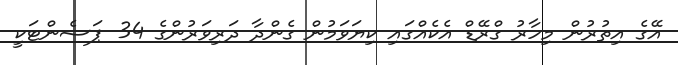
އޭގެ އިތުރުން މިހާރު ގްރޭޑް އެކެއްގައި ކިޔަވަމުން ގެންދާ ދަރިވަރުންގެ 34 ޕަސެންޓަކީ